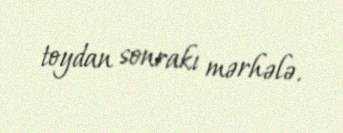
toydan sonrakı mərhələ.